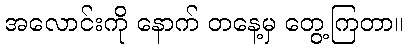
အလောင်းကို နောက် တနေ့မှ တွေ့ကြတာ။